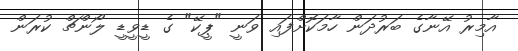
އާމިރު އޭނާގެ ބަރުދަން ހާމަކޮށްފައި ވަނީ "ޕީކޭ" ގެ ޑީވީޑީ ލޯންޗް ކުރަން